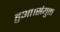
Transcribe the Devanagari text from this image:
हुआ।संयुक्त